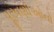
પૂરવણીઓનો